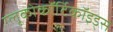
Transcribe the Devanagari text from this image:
ग्लूकोकॉर्टिकॉइड्स